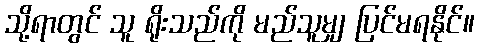
သို့ရာတွင် သူ ရိုးသည်ကို မည်သူမျှ ပြင်မရနိုင်။